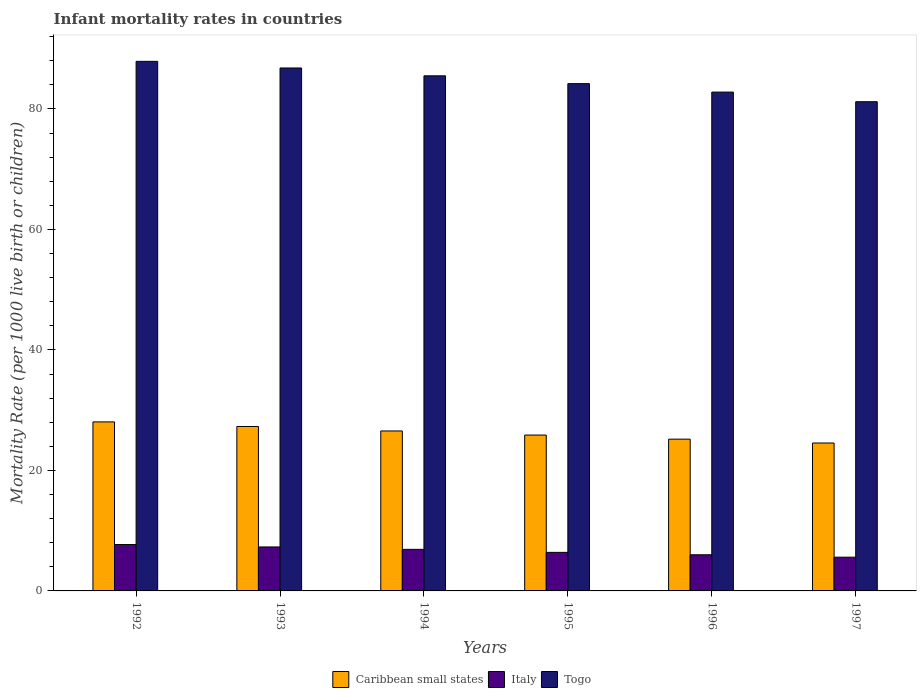
| Years | Caribbean small states | Italy | Togo |
 | --- | --- | --- | --- |
 | 1992 | 28.1 | 7.7 | 87.9 |
 | 1993 | 27.3 | 7.3 | 86.8 |
 | 1994 | 26.6 | 6.9 | 85.5 |
 | 1995 | 25.9 | 6.4 | 84.2 |
 | 1996 | 25.2 | 6 | 82.8 |
 | 1997 | 24.6 | 5.6 | 81.2 |